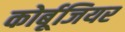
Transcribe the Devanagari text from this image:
कोर्बूजियर